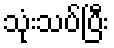
သုံးသပ်ပြီး